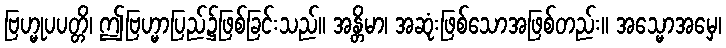
ဗြဟ္မုပပတ္တိ၊ ဤဗြဟ္မာပြည်၌ဖြစ်ခြင်းသည်။ အန္တိမာ၊ အဆုံးဖြစ်သောအဖြစ်တည်း။ အသ္မောအမှေ၊